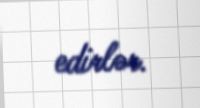
edirlər.